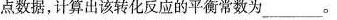
点数据，计算出该转化反应的平衡常数为___。